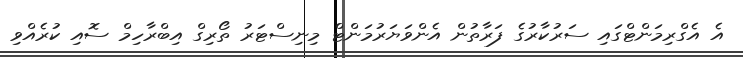
އެ އެގްރިމަންޓްގައި ސަރުކާރުގެ ފަރާތުން އެންވަޔަރުމަންޓް މިނިސްޓަރު ތޯރިގް އިބްރާހިމް ސޮއި ކުރެއްވި